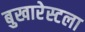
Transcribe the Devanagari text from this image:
बुखारेस्टला